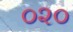
૦૨૦